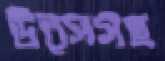
উত্সসহ